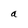
Character: a